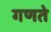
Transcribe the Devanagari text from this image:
गणते